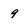
Character: 9